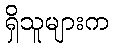
ရှိသူများက